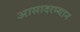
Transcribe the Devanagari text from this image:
आसादरम्यान